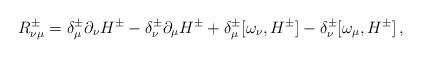
LaTeX: \begin{align*}R_{\nu\mu}^\pm = \delta_{\mu}^\pm \partial_\nu H^\pm -\delta_{\nu}^\pm \partial_\mu H^\pm +\delta_\mu^\pm[\omega_\nu , H^\pm ] -\delta_\nu^\pm[\omega_\mu , H^\pm ]\,,\end{align*}